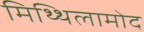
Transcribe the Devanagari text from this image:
मिथ्थिलामोद